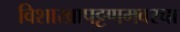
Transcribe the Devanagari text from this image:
विशाखापट्टणमवरचा